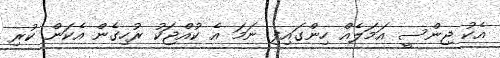
އެކު ޖިންސީ އަމަލެއް ހިންގައިފި ނަމަ އެ ކުއްޖަކު ރުހިގެން އެކަން ކުރި